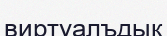
виртуалъдық